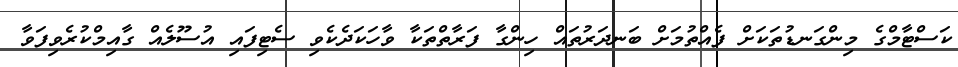
ކަސްޓާމްގެ މިންގަނޑުތަކަށް ފެއްތުމަށް ބަނދަރުތައް ހިންގާ ފަރާތްތަކާ ވާހަކަދެކެވި ސެޓިފައި އުސޫލެއް ގާއިމްކުރެވިފަވާ